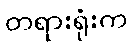
တရားရုံးက